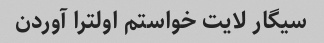
سیگار لایت خواستم اولترا آوردن